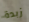
زبدة